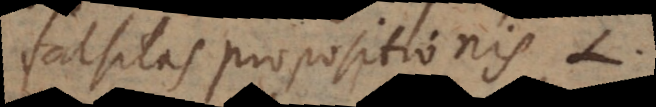
falsitas propositionis L.